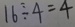
1 6 \div 4 = 4